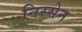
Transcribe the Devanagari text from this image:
निस्सेन